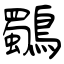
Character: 鸀